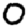
Digit: 0